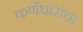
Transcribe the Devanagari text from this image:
कर्णधारांचा